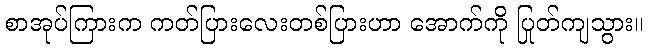
စာအုပ်ကြားက ကတ်ပြားလေးတစ်ပြားဟာ အောက်ကို ပြုတ်ကျသွား။